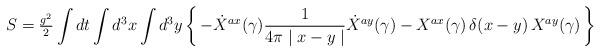
LaTeX: \begin{align*}S = {\textstyle{g^2\over2}} \int dt \int d^3{x} \int d^3{y}\left\{ \, -\dot{X}^{ax} (\gamma) \frac{1}{4\pi \mid x-y \mid} \dot{X}^{ay} (\gamma) - X^{ax} (\gamma) \, \delta(x-y) \, X^{ay} (\gamma) \, \right\} \end{align*}